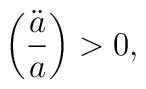
\left(\ddot a \over a\right) > 0,